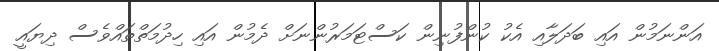
އަންނަމުން އައި ބަދަލާއި އެކު ކުންފުނިން ކަސްޓަމަރުންނަށް ދެމުން އައި ހިދުމަތްތައްވެސް ދިޔައީ